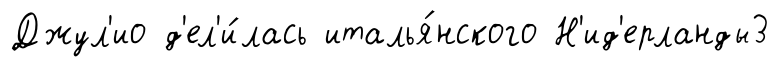
Джул'ио д'ел'и́лась италья́нского Н'ид'ерланды3